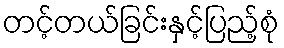
တင့်တယ်ခြင်းနှင့်ပြည့်စုံ